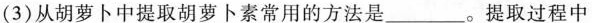
（3）从胡萝卜中提取胡萝卜素常用的方法是___。提取过程中